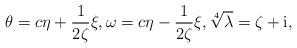
LaTeX: \begin{align*}\theta = c\eta + \frac{1}{2\zeta}\xi,\omega =c \eta - \frac{1}{2\zeta}\xi, \sqrt[4]{\lambda} = \zeta + {\rm i},\end{align*}